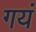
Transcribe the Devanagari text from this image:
गयं